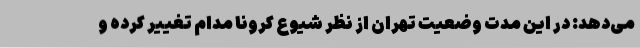
می‌دهد: در این مدت وضعیت تهران از نظر شیوع کرونا مدام تغییر کرده و